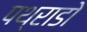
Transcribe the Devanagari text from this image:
पथ्राडो